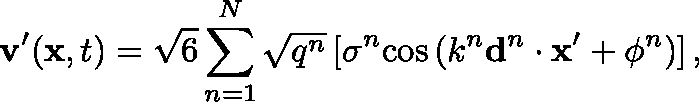
\mathbf { v } ^ { \prime } ( \mathbf { x } , t ) = \sqrt { 6 } \sum _ { n = 1 } ^ { N } \sqrt { q ^ { n } } \left[ \mathbf { \sigma } ^ { n } \mathrm { c o s } \left( k ^ { n } \mathbf { d } ^ { n } \cdot \mathbf { x } ^ { \prime } + \phi ^ { n } \right) \right] ,